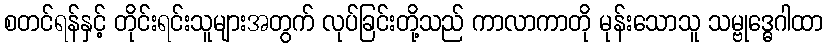
စတင်ရန်နှင့် တိုင်းရင်းသူများအတွက် လုပ်ခြင်းတို့သည် ကာလာကာတို မုန်းသောသူ သမ္ဗုဒ္ဓေဂါထာ